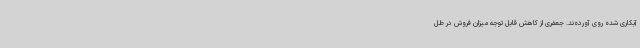
آبکاری شده روی آورده‌ند. جعفری از کاهش قابل توجه میزان فروش در طل